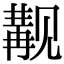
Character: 觏